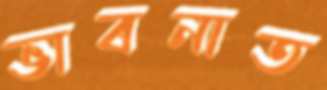
ভাবনাত